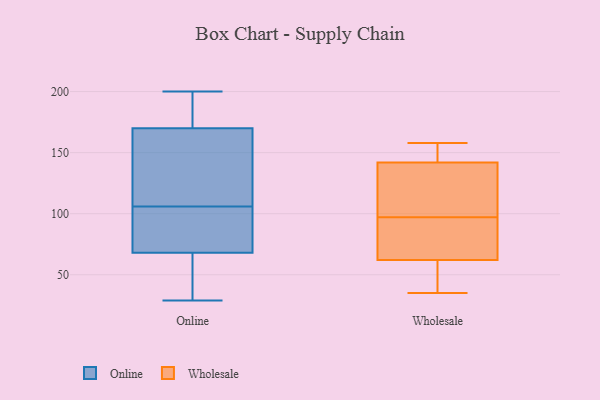
{"axis": {"x": "Bounce Rate (%)", "y": "Value"}, "legend": ["Online", "Wholesale"], "data": [{"x": "", "y": 98, "type": "Online"}, {"x": "", "y": 110, "type": "Online"}, {"x": "", "y": 48, "type": "Online"}, {"x": "", "y": 167, "type": "Online"}, {"x": "", "y": 156, "type": "Online"}, {"x": "", "y": 102, "type": "Online"}, {"x": "", "y": 170, "type": "Online"}, {"x": "", "y": 83, "type": "Online"}, {"x": "", "y": 200, "type": "Online"}, {"x": "", "y": 179, "type": "Online"}, {"x": "", "y": 46, "type": "Online"}, {"x": "", "y": 181, "type": "Online"}, {"x": "", "y": 29, "type": "Online"}, {"x": "", "y": 191, "type": "Online"}, {"x": "", "y": 68, "type": "Online"}, {"x": "", "y": 150, "type": "Online"}, {"x": "", "y": 47, "type": "Online"}, {"x": "", "y": 68, "type": "Online"}, {"x": "", "y": 56, "type": "Wholesale"}, {"x": "", "y": 85, "type": "Wholesale"}, {"x": "", "y": 35, "type": "Wholesale"}, {"x": "", "y": 158, "type": "Wholesale"}, {"x": "", "y": 81, "type": "Wholesale"}, {"x": "", "y": 158, "type": "Wholesale"}, {"x": "", "y": 111, "type": "Wholesale"}, {"x": "", "y": 37, "type": "Wholesale"}, {"x": "", "y": 61, "type": "Wholesale"}, {"x": "", "y": 155, "type": "Wholesale"}, {"x": "", "y": 46, "type": "Wholesale"}, {"x": "", "y": 71, "type": "Wholesale"}, {"x": "", "y": 109, "type": "Wholesale"}, {"x": "", "y": 63, "type": "Wholesale"}, {"x": "", "y": 121, "type": "Wholesale"}, {"x": "", "y": 150, "type": "Wholesale"}, {"x": "", "y": 114, "type": "Wholesale"}, {"x": "", "y": 153, "type": "Wholesale"}, {"x": "", "y": 134, "type": "Wholesale"}, {"x": "", "y": 84, "type": "Wholesale"}]}